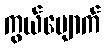
ကွယ်ပျောက်